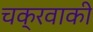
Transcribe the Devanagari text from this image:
चक्रवाकी